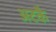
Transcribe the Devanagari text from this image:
अटकै